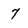
Character: 7